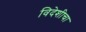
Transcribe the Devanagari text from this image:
विदेशीचा